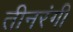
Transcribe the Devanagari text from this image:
तीनरंगी